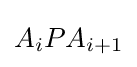
A_{i}PA_{i+1}